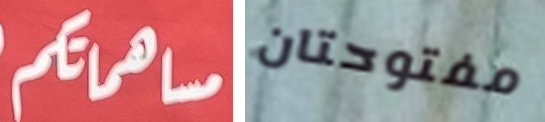
مساهمتكم مفتوحتان